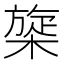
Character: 𰘡